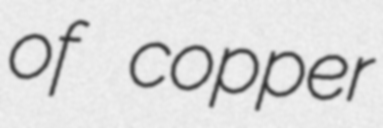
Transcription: of copper